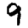
Digit: 9